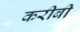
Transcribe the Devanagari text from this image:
करीबी